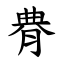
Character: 䐌